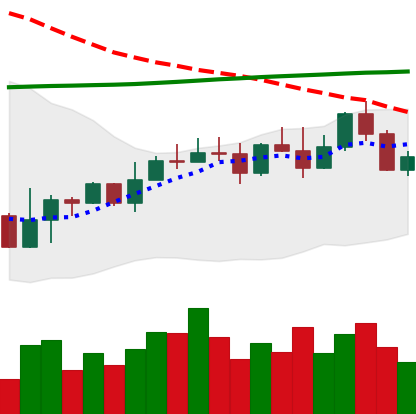
Ticker: EOS-USD
Chart end date: 2022-11-07
Forward return: -21.357%
Label: down_7plus